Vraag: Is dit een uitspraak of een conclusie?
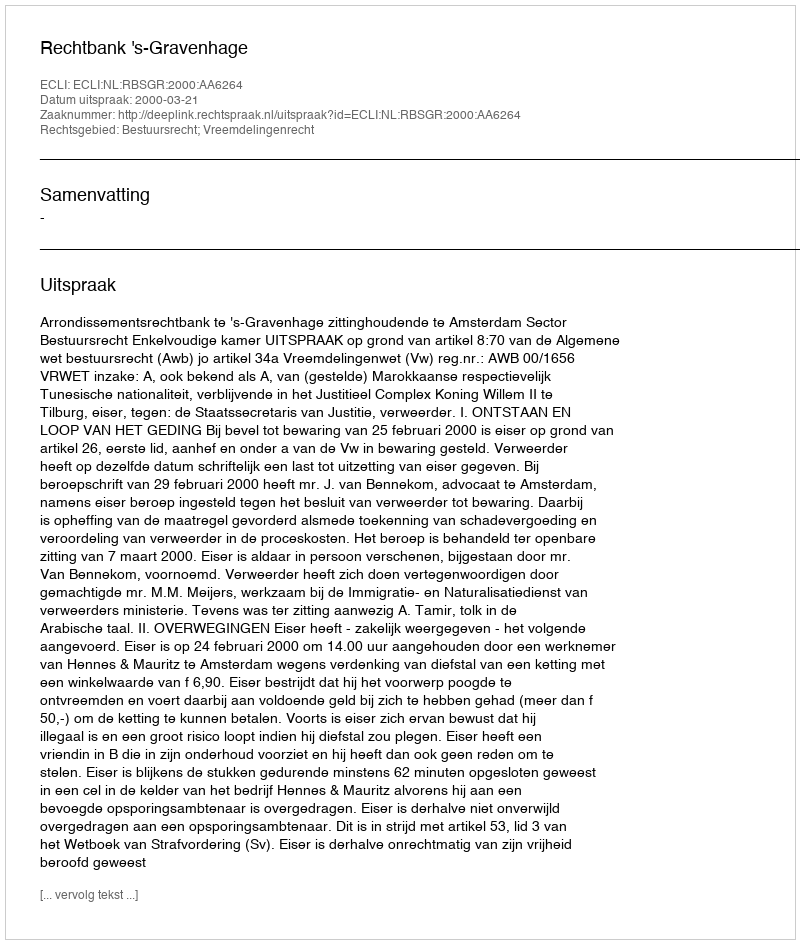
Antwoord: Uitspraak